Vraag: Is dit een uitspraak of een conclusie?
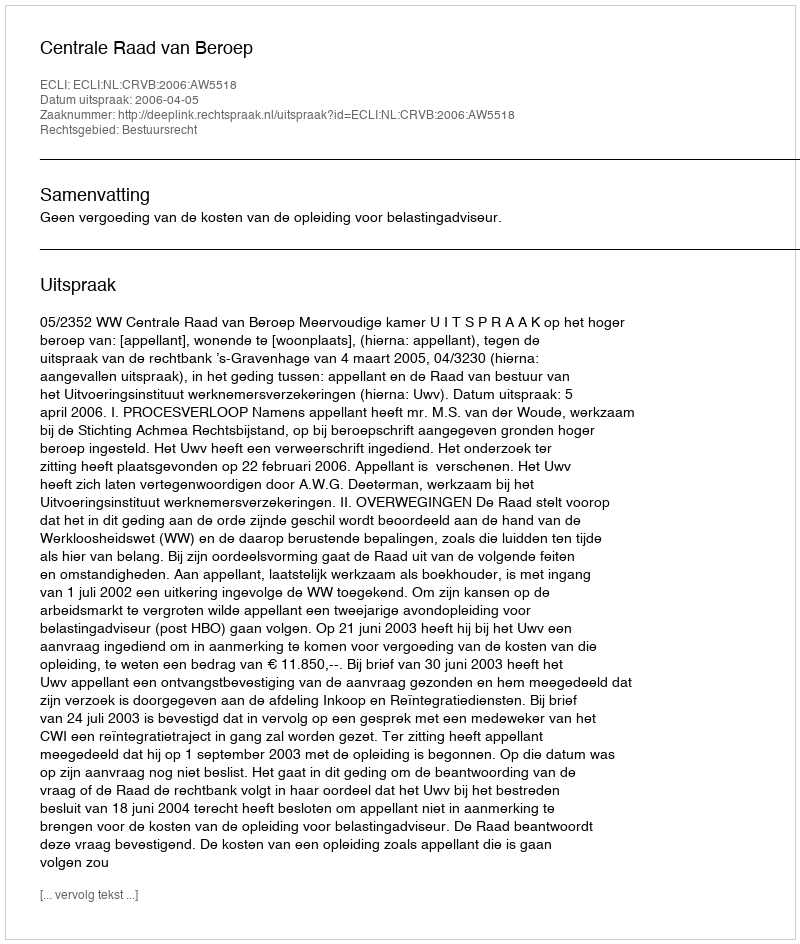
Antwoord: Uitspraak